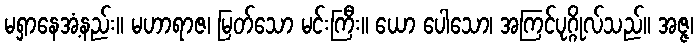
မရှာနေအံ့နည်း။ မဟာရာဇ၊ မြတ်သော မင်းကြီး။ ယော ပေါသော၊ အကြင်ပုဂ္ဂိုလ်သည်။ အဇ္ဇ၊